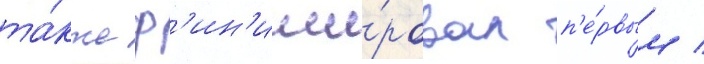
та́кже ф'ин'иши́ровал п'е́рвым /